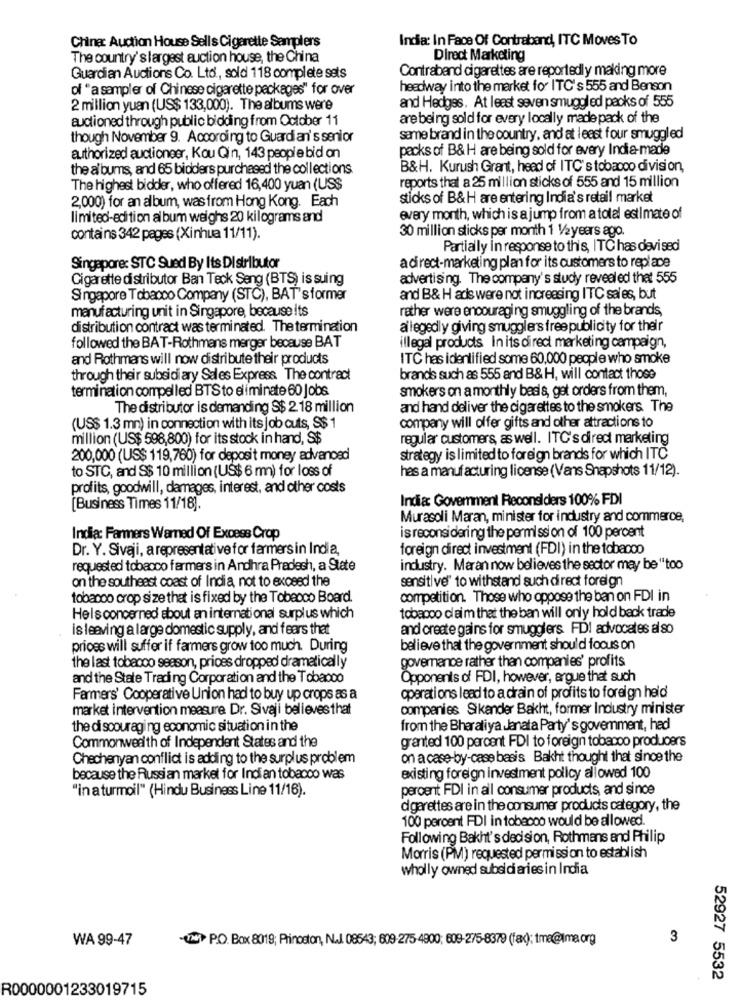
India: In Face Of Contraband, ITC Moves To
China: Auction House Sells Cigarette Samplers
The country's largest auction house, the China
Direct Marketing
Contraband cigarettes are reportedly making more
Guardian Auctions Co. Ltd ., sold 118 complete sets
of "a sampler of Chinese cigarette packages" for over
headway into the market for ITC's 555 and Benson
2 million yuan (US$ 133,000). The albums were
and Hedges. At least seven smuggled packs of 555
auctioned through public bidding from October 11
are being sold for every locally made pack of the
though November 9. According to Guardian's senior
same brand in the country, and at least four smuggled
packs of B& H are being sold for every India-made
authorized auctioneer, Kou Qin, 143 people bid on
the a' bums, and 65 bidders purchased the collections
B&H. Kurush Grant, head of ITC's tobacco division,
The highest bidder, who offered 16,400 yuan (US$
reports that a 25 million sticks of 555 and 15 million
2,000) for an album, wasfrom Hong Kong. Each
sticks of B&H are entering India's retail market
limited-edition album weighs 20 kilograms and
every month, which is a jump from a total estimate of
30 million sticks per month 1 1/2years ago.
contains 342 pages (Xinhua 11/11).
Partially in response to this, ITC has devi sed
Singapore: STC Sued By Its Distributor
adirect-marketing plan for its customers to replace
Cigarette distributor Ban Teck Seng (BTS) is suing
advertising. The company's study revealed that 555
Singapore Tobacco Company (STC), BAT's former
and B& H ads were not increasing ITC sales, but
manufacturing unit in Singapore, because its
rather were encouraging smuggling of the brands,
distribution contract was terminated. The termination
allegedly giving smuggler's free publicity for their
followed the BAT-Rothmans merger because BAT
illegal products In its direct marketing campaign,
and Rothmans will now distribute their products
ITC has identified some 60,000 people who smoke
through their subsidiary Sales Express The contract
brands such as 555 and B&H, will contact those
termination compelled BTS to eliminate 60 Jobs
smokers on a monthly basis, get orders from them,
The distributor is demanding S$ 2 18 million
and hand deliver the cigarettes to the smokers. The
(US$ 1.3 mn) in connection with its job cuts, S$ 1
company will offer gifts and other attractions to
million (US$ 598,800) for its stock in hand, S$
regular customers, as well. ITC's direct marketing
200,000 (US$ 119,760) for deposit money advanosd
strategy is limited to foreign brands for which ITC
to STC, and S$ 10 million (US$ 6 mn) for loss of
has a manufacturing license (Vans Snapshots 11/12).
profits, goodwill, damages, interest, and other costs
India Government Reconsiders 100% FDI
[Business Times 11/18].
Murasoli Maran, minister for industry and commerce,
is reconsidering the permission of 100 percent
India: Farmers Warned Of Excess Crop
Dr. Y. Sivaji, a representative for farmers in India,
foreign direct investment (FDI) in the tobacco
requested tobacco farmers in Andhra Pradesh, a State
industry. Maran now believes the sector may be "too
on the southeast coast of India, not to exceed the
sensitive" to withstand such di rect foreign
tobacco crop size that is fixed by the Tobacco Board.
competition. Those who oppose the ban on FDI in
Heisconcerned about an international surplus which
tobacco claim that the ban will only hold back trade
is leaving a large domestic supply, and fears that
and create gains for smugglers FDI advocates al so
prices will suffer if farmers grow too much. During
believe that the government should focus on
governance rather than companies' profits
the last tobacco season, prices dropped dramatically
and the State Trading Corporation and the Tobacco
Opponents of FDI, however, argue that such
Farmers' Cooperative Union had to buy up crops as a
operations lead to a drain of profits to foreign held
market intervention measure. Dr. Sivaji believesthat
companies Sikander Bakht, former Industry minister
the di soouraging economic situation in the
from the Bharatiya Janata Party's govemment, had
granted 100 percent FDI to foreign tobacco producers
Commonwealth of Independent States and the
Chechenyan conflict is adding to the surplus problem
on a case-by-case basis Bakht thought that since the
because the Russian market for Indian tobacco was
existing foreign investment policy allowed 100
peroent FDI in all consumer products, and since
"in a turmoil" (Hindu Business Line 11/16).
dgarettes are in the consumer products category, the
100 percent FDI in tobacco would be allowed.
Following Bakht's decision, Rothmans and Philip
Morris (PM) requested permission to establish
wholly owned subsidi aries in India
WA 99-47
-( P.O. Box 8019; Princeton, N.J. 08543; 609-275 4800; 609-275-8379 (fax); tma@tma org
3
52927 5532
R0000001233019715